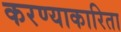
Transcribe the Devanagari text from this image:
करण्याकारिता